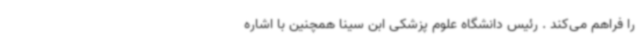
را فراهم می‌کند . رئیس دانشگاه علوم پزشکی ابن سینا همچنین با اشاره